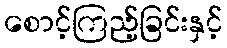
စောင့်ကြည့်ခြင်းနှင့်